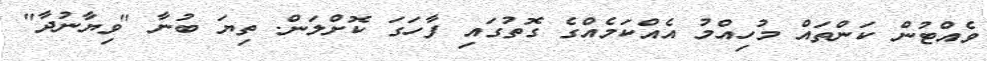
ވެއްޓުން ކަންތައް މުހިއްމު އެއްކަމެއްގެ ގޮތުގައި ފާހަގަ ކޮށްލަން. ތިޔަ ބުނާ "ވިޔާނުދާ"